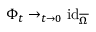
\Phi _ { t } \to _ { t \to 0 } \operatorname { i d } _ { \overline { { \Omega } } }